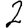
Digit: 2